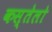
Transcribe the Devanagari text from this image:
कस्तेलो